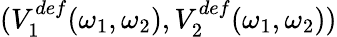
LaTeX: (V_{1}^{def}(\omega_{1},\omega_{2}),V_{2}^{def}(\omega_{1},\omega_{2}))